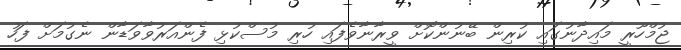
ޖުމްހޫރީ މައިދާނުގައި ކުރިން ބޭނުންކޮށް ވީރާނާވެފައި ހުރި މުސްކުޅި ފެންއަރުވާވަޑާން ނެގުމަށް ފަހު